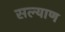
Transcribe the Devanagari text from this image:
सल्याण